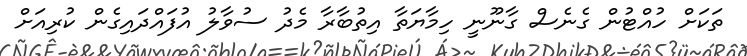
ތަކަށް ހުއްޓުން ގެނެސް ގާނޫނީ ހިމާޔަތާ އިތުބާރާ މެދު ސުވާލު އުފައްދައިގެން ކުރިއަށް